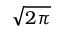
\sqrt { 2 \pi }